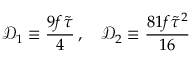
\mathcal { D } _ { 1 } \equiv \frac { 9 f \tilde { \tau } } { 4 } \, , \quad \mathcal { D } _ { 2 } \equiv \frac { 8 1 f \tilde { \tau } ^ { 2 } } { 1 6 }